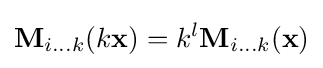
\mathbf {M} _{i...k}(k\mathbf {x} )=k^{l}\mathbf {M} _{i...k}(\mathbf {x} )